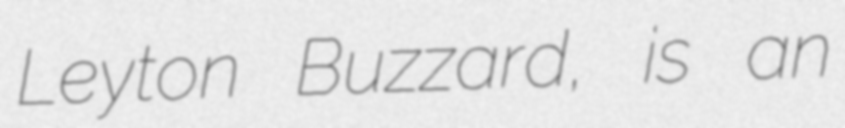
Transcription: Leyton Buzzard, is an